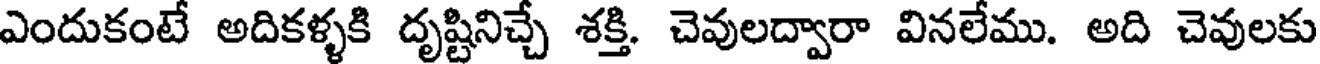
ఎందుకంటే అదికళ్ళకి దృష్టినిచ్చే శక్తి. చెవులద్వారా వినలేము. అది చెవులకు